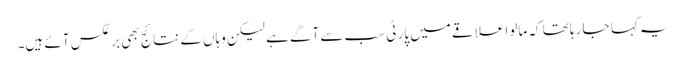
یہ کہا جا رہا تھا کہ مالوا علاقے میں پارٹی سب سے آگے ہے لیکن وہاں کے نتائج بھی برعکس آئے ہیں۔